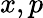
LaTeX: x,p